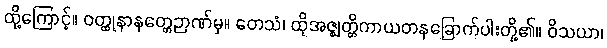
ထို့ကြောင့်။ ဝတ္ထုနာနတ္တေဉာဏ်မှ။ တေသံ၊ ထိုအဇ္ဈတ္တိကာယတနခြောက်ပါးတို့၏။ ဝိသယာ၊